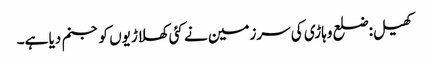
کھیل:ضلع وہاڑی کی سرزمین نے کئی کھلاڑیوں کو جنم دیا ہے۔